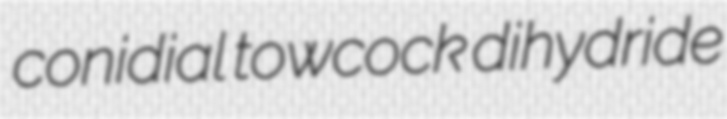
conidial towcock dihydride